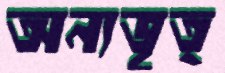
অন্যভৃত্